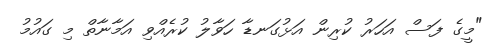
"މީގެ ފަސް އަހަރު ކުރިން އަޅުގަނޑާ ހަވާލު ކުރެއްވި އަމާނާތް މި ގައުމު